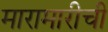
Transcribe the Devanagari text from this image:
मारामारीची